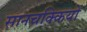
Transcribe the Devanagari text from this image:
सानचक्कियों